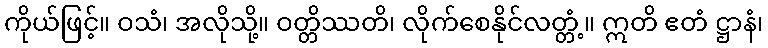
ကိုယ်ဖြင့်။ ဝသံ၊ အလိုသို့။ ဝတ္တိဿတိ၊ လိုက်စေနိုင်လတ္တံ့။ ဣတိ ဧတံ ဋ္ဌာနံ၊